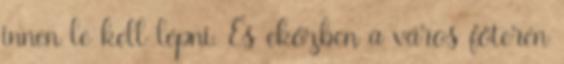
innen le kell lépni. És eközben a város főterén